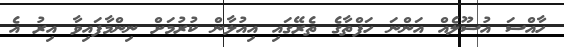
ހާއްސަ އުސޫލެއް އަންނަ ހަފްތާގެ ތެރޭގައި އިއުލާން ކުރުމަށް ނިންމާފައިވާ އިރު އެ